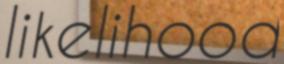
likelihood